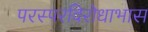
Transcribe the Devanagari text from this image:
परस्परविरोधाभास